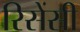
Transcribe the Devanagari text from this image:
रिसेंसी